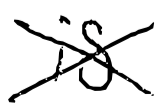
Text: is
Cross-out: cross
Writing tool: digital_black